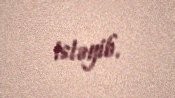
istəyib.